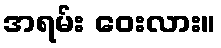
အရမ်း ဝေးလား။